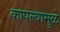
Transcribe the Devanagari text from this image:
कापल्यामुळे